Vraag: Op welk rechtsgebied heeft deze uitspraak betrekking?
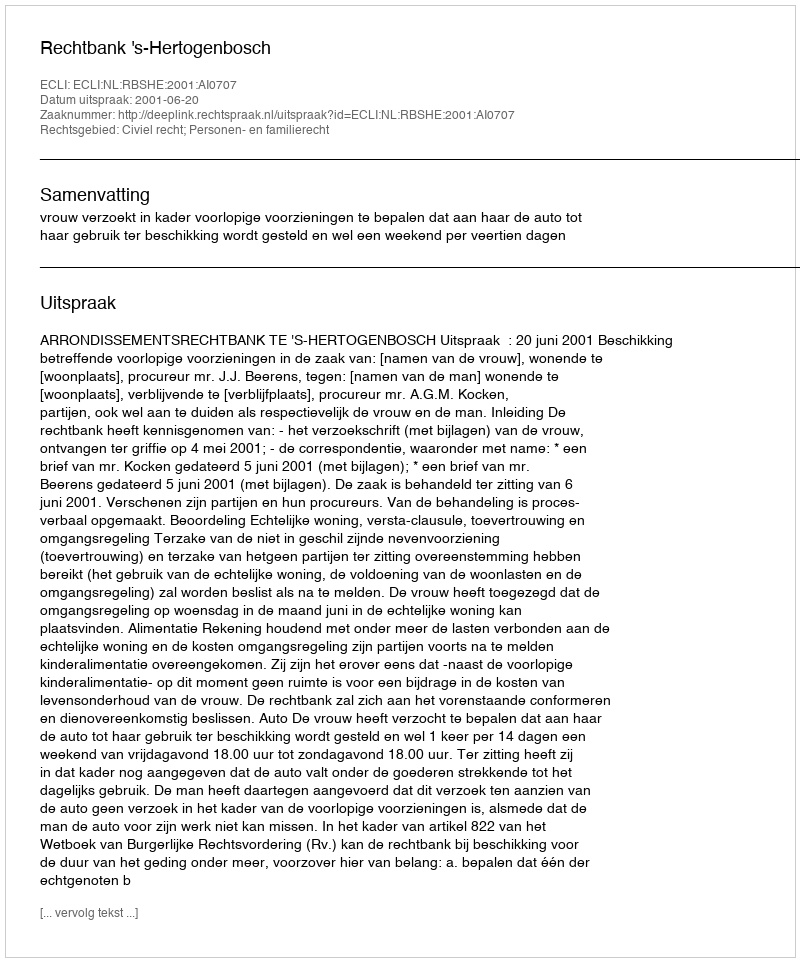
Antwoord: Civiel recht; Personen- en familierecht